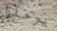
يرحلوا